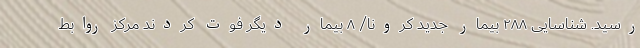
رسید. شناسایی ۲۸۸ بیمار جدید کرونا/ ۸ بیمار دیگر فوت کردند مرکز روابط